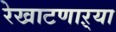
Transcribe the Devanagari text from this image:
रेखाटणाऱ्या